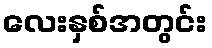
လေးနှစ်အတွင်း